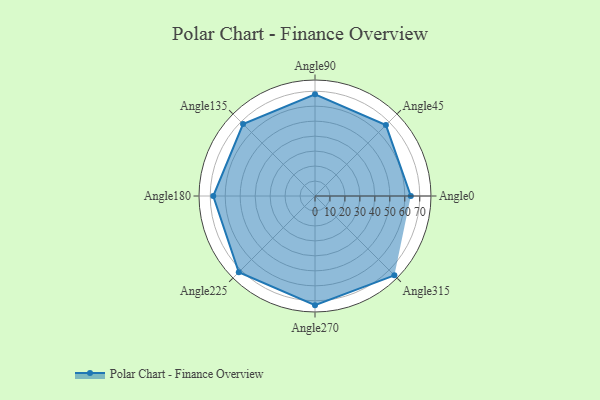
{"axis": {"x": "Angle", "y": "Radius"}, "legend": [""], "data": [{"x": "Angle0", "y": 64.0, "type": ""}, {"x": "Angle45", "y": 67.0, "type": ""}, {"x": "Angle90", "y": 68.0, "type": ""}, {"x": "Angle135", "y": 68.0, "type": ""}, {"x": "Angle180", "y": 68.0, "type": ""}, {"x": "Angle225", "y": 72.0, "type": ""}, {"x": "Angle270", "y": 73.0, "type": ""}, {"x": "Angle315", "y": 75.0, "type": ""}]}